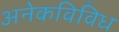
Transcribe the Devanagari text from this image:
अनेकविविध